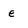
Character: e